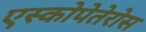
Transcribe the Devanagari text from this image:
एस्कोपेतेरोस